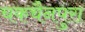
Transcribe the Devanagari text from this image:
चकचैनपुरा